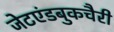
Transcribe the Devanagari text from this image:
जेटएंडबुकचैरी